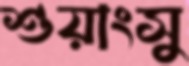
শুয়াংসু